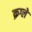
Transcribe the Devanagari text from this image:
क्रग्ले